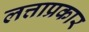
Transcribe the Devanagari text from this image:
लत्ताप्रकार